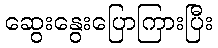
ဆွေးနွေးပြောကြားပြီး